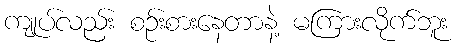
ကျုပ်လည်း စဉ်းစားနေတာနဲ့ မကြားလိုက်ဘူး